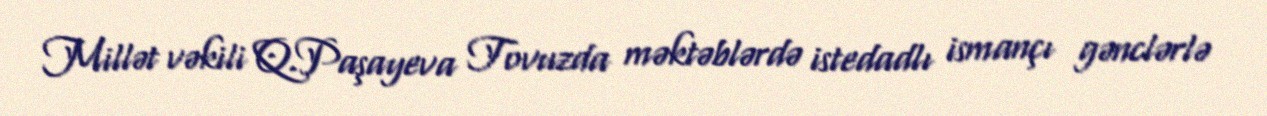
Millət vəkili Q.Paşayeva Tovuzda məktəblərdə istedadlı ismançı gənclərlə